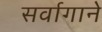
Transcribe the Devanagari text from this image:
सर्वागाने